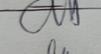
Signature authenticity: genuine